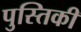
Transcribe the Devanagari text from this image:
पुस्तिकी